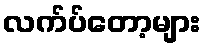
လက်ပ်တော့များ